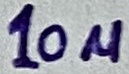
Text: 10µ